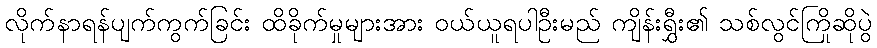
လိုက်နာရန်ပျက်ကွက်ခြင်း ထိခိုက်မှုများအား ဝယ်ယူရပါဦးမည် ကျိန်းရွှီး၏ သစ်လွင်ကြိုဆိုပွဲ